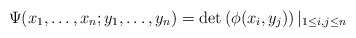
\begin{align*}\Psi(x_1,\ldots ,x_n;y_1,\ldots,y_n)=\det\left(\phi(x_i,y_j)\right)|_{1\leq i,j\leq n}\end{align*}